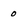
Character: o